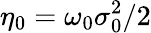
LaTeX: \eta_{0}=\omega_{0}\sigma_{0}^{2}/2